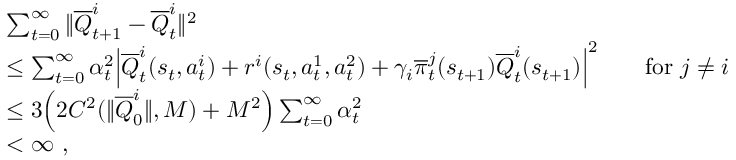
\begin{array} { r l } & { \sum _ { t = 0 } ^ { \infty } \| \overline { { Q } } _ { t + 1 } ^ { i } - \overline { { Q } } _ { t } ^ { i } \| ^ { 2 } } \\ & { \leq \sum _ { t = 0 } ^ { \infty } \alpha _ { t } ^ { 2 } \Big | \overline { { Q } } _ { t } ^ { i } ( s _ { t } , a _ { t } ^ { i } ) + r ^ { i } ( s _ { t } , a _ { t } ^ { 1 } , a _ { t } ^ { 2 } ) + \gamma _ { i } \overline { { \pi } } _ { t } ^ { j } ( s _ { t + 1 } ) \overline { { Q } } _ { t } ^ { i } ( s _ { t + 1 } ) \Big | ^ { 2 } \qquad \mathrm { f o r ~ } j \neq i } \\ & { \leq 3 \Big ( 2 C ^ { 2 } ( \| \overline { { Q } } _ { 0 } ^ { i } \| , M ) + M ^ { 2 } \Big ) \sum _ { t = 0 } ^ { \infty } \alpha _ { t } ^ { 2 } } \\ & { < \infty \ , } \end{array}